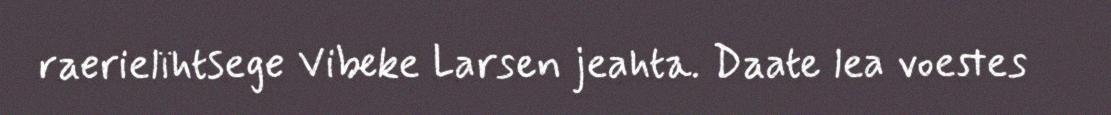
raerielïhtsege Vibeke Larsen jeahta. Daate lea voestes